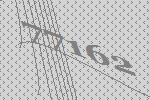
77162